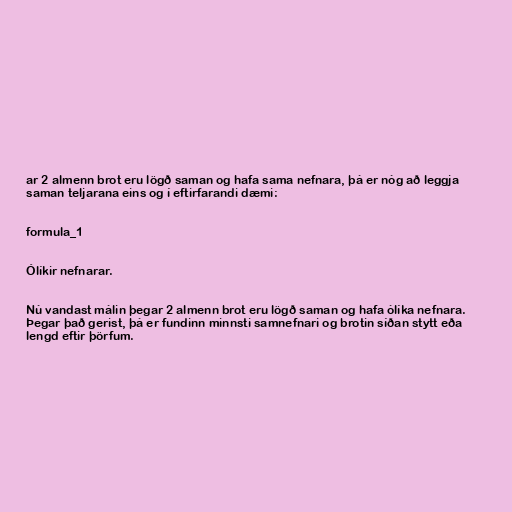
ar 2 almenn brot eru lögð saman og hafa sama nefnara, þá er nóg að leggja
saman teljarana eins og í eftirfarandi dæmi:

formula_1

Ólíkir nefnarar.

Nú vandast málin þegar 2 almenn brot eru lögð saman og hafa ólíka nefnara.
Þegar það gerist, þá er fundinn minnsti samnefnari og brotin síðan stytt eða
lengd eftir þörfum.